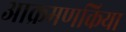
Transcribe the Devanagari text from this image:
आक्रमणकिया